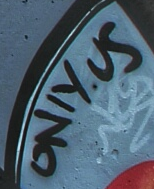
ONLY.US